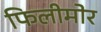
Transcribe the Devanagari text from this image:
फिलीमोर